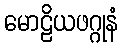
မောဠိယဖဂ္ဂုနံ